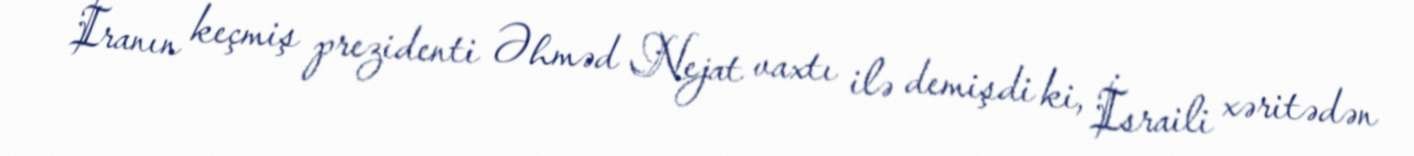
İranın keçmiş prezidenti Əhməd Nejat vaxtı ilə demişdi ki, İsraili xəritədən